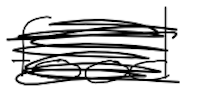
Text: food
Cross-out: scratch
Writing tool: digital_black